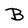
Character: B